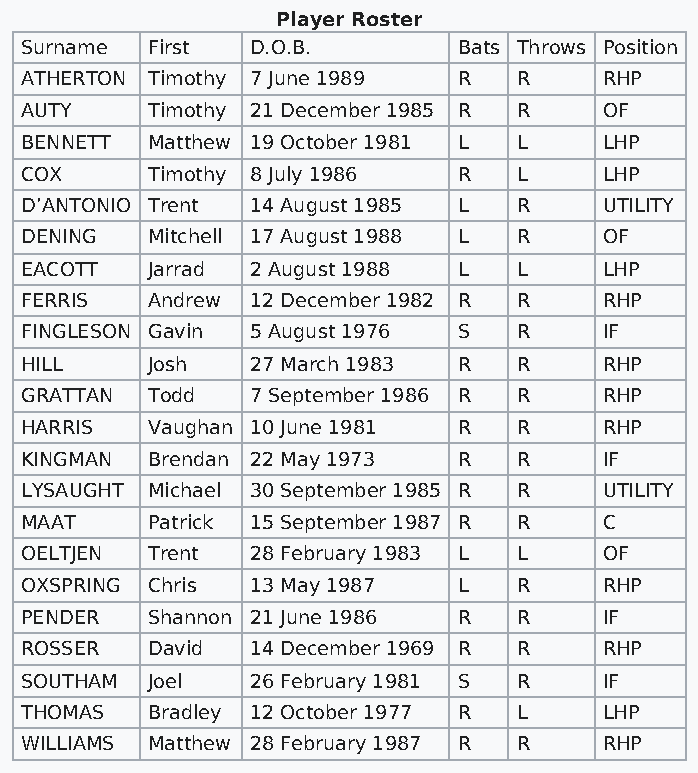
Player Roster
 Surname  First  D.O.B.       Bats Throws Position
 ATHERTON Timothy 7 June 1989 R   R     RHP
 AUTY     Timothy 21 December 1985 R R  OF
 BENNETT  Matthew 19 October 1981 L L   LHP
 COX      Timothy 8 July 1986 R   L     LHP
 D’ANTONIO Trent 14 August 1985 L R     UTILITY
 DENING   Mitchell 17 August 1988 L R   OF
 EACOTT   Jarrad 2 August 1988 L  L     LHP
 FERRIS   Andrew 12 December 1982 R R   RHP
 FINGLESON Gavin 5 August 1976 S  R     IF
 HILL     Josh   27 March 1983 R  R     RHP
 GRATTAN  Todd   7 September 1986 R R   RHP
 HARRIS   Vaughan 10 June 1981 R  R     RHP
 KINGMAN  Brendan 22 May 1973 R   R     IF
 LYSAUGHT Michael 30 September 1985 R R UTILITY
 MAAT     Patrick 15 September 1987 R R C
 OELTJEN  Trent  28 February 1983 L L   OF
 OXSPRING Chris  13 May 1987  L   R     RHP
 PENDER   Shannon 21 June 1986 R  R     IF
 ROSSER   David  14 December 1969 R R   RHP
 SOUTHAM  Joel   26 February 1981 S R   IF
 THOMAS   Bradley 12 October 1977 R L   LHP
 WILLIAMS Matthew 28 February 1987 R R  RHP